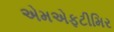
એમએફટીમિર